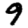
Digit: 9